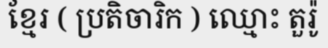
ខ្មែរ ( ប្រតិចារិក ) ឈ្មោះ តួរ៉ូ